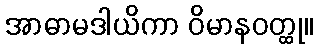
အာဓာမဒါယိကာ ဝိမာနဝတ္ထု။